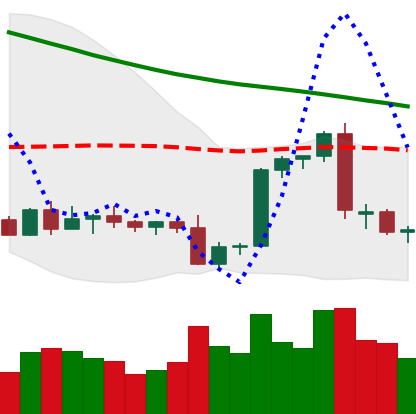
Ticker: BTC-USD
Chart end date: 2022-09-16
Forward return: -6.196%
Label: down_5_7